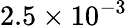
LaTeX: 2.5\times 10^{-3}